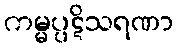
ကမ္မပ္ပဋိသရဏာ